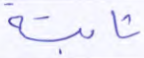
ثابتة